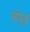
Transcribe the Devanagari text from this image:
संपूर्न